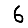
Digit: 6